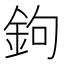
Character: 鉤